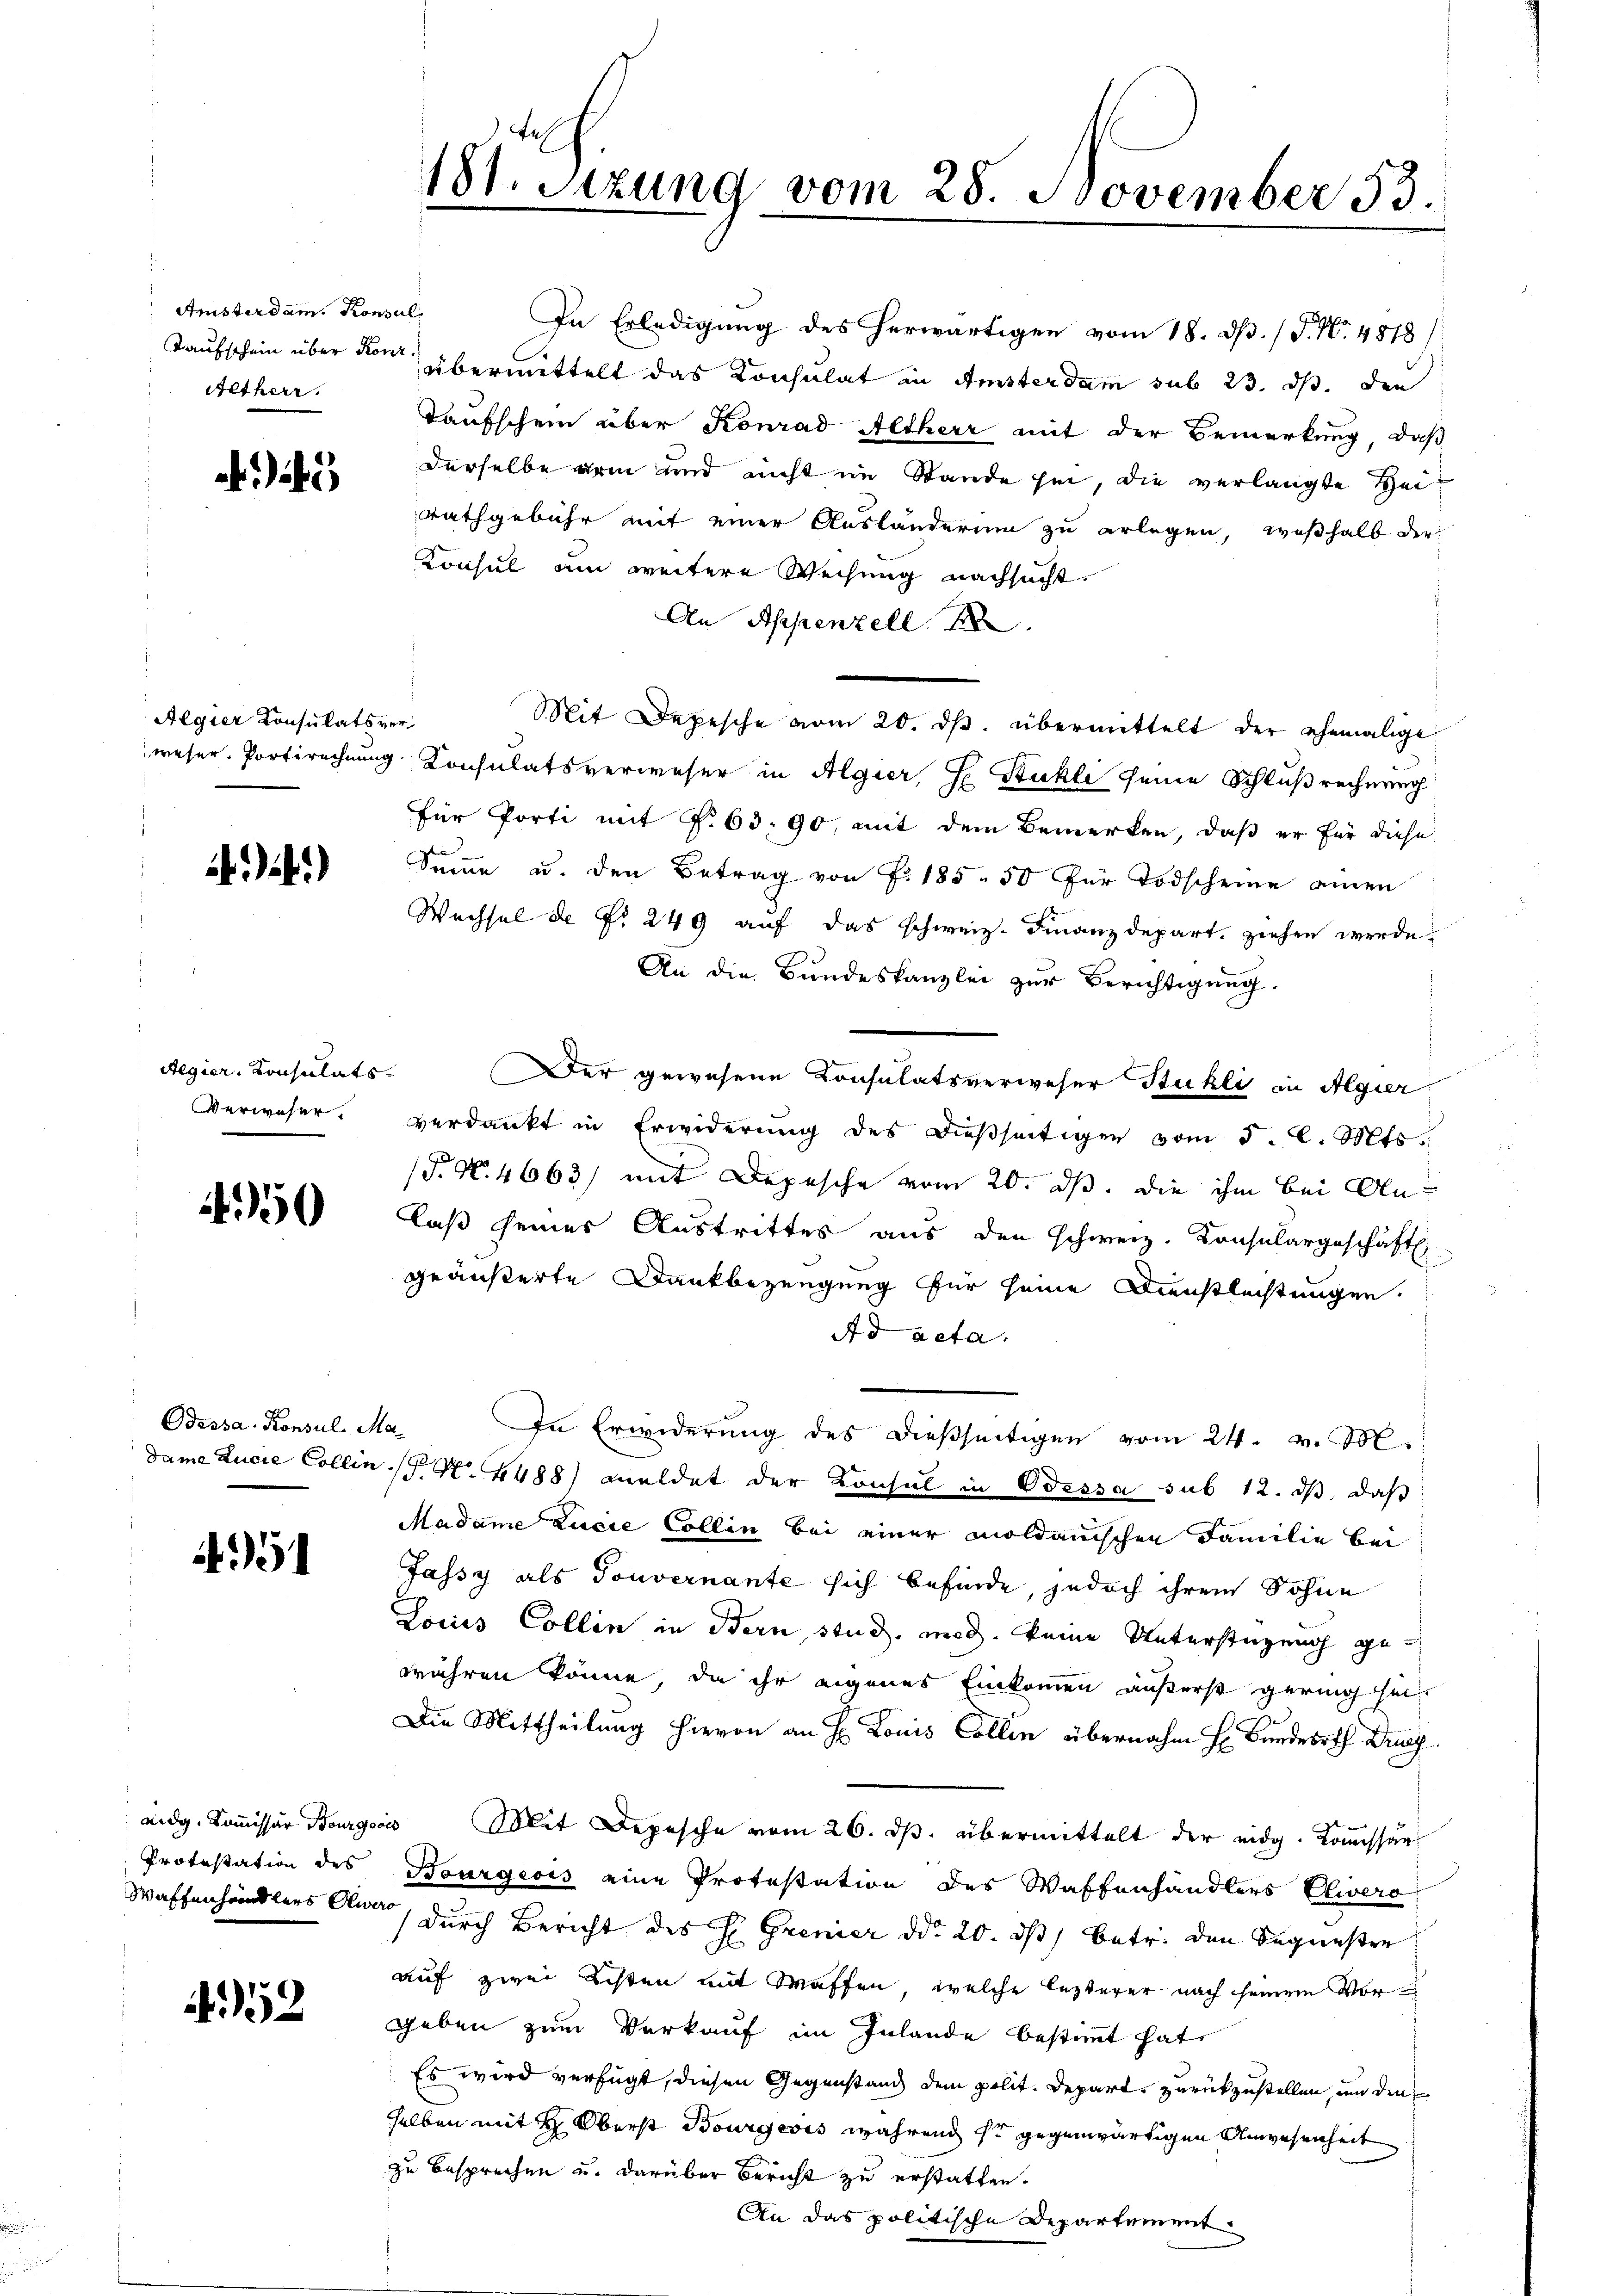
Anisterdam. Konsul
Altherr

Algier Konsulatsver¬

i.)

Aegier, Konsulats¬
Verweser.

450

Odessa. Konsul Ma¬

451

Protestation des
Waffenhändlers Gewe

452

181. Sitzung vom 28. November 33.

In Erledigung des herwärtigen vom 18. d. J. N. 4818/
Taufschein über die übermittelt das Konsulat in Amsterdam sub 23. ds. den
Taufschein über Konrad Altherr mit der Bemerkung, daß
derselbe arm und nicht im Stande hin, die verlangte Heirathgebühr mit einer Ausländerum zu erlegen, weßhalb der
Konsul um weitere Weisung nachsucht.
An Appenzell
Mit Depesche vom 20. ds. übermittelt der ehemalige
weser Portirechnung Consulatsverweser in Algier, Ge Stuhle seine Schlußrechnung
für Porti mit §. 63. 90, mit dem Bemerken, daß er für diese
Samme u. den Betrag von Fr. 185. 50 für Todscheine einen
Wechsel de Nr. 249 auf das schweiz. Finanzdepart, ziehen werde.
An die Bundeskanzlei zur Berichtigung.
Der gewesene Consulatsverweser Stuhli in Algier
verdankt in Erwiderŭng des dießseitigen vom 5. l. Mts.
(§. N. 4663) mit Depesche vom 20. ds. die ihm bei Anlaß seines Austrittes aus den schweiz. Konsulargeschäft
geäußerte Dankbezeugung für seine Dienstleistungen
Ad acta.
In Erwiderung des dießseitigen vom 24. v. M.
dame Lucie Collin  P. N. 4488) meldet der Konsul in Odessa sub 12. ds, daß
Madame Zueie Collen bei einer Moldanischen Familie bei
Jassy als Touvernante sich befinde, jedoch ihrem Sohne
Lociis Collen in Bern, stud. med. keine Unterstüzung gewähren könne, da ihr eigenes Einkommen äußerst gering sein
Die Mittheilung hievon an H. Louis Collen übernahm Hr. Bundesrath Druc
aidg. Kommissär Bourgeois Mit Depesche vom 26. ds. übermittelt der eidg. Kommissär
Bourgeois eine Protestation des Waffenhändlers Clivero
 durch Bericht des H. Grenier ddo 20. ds. betr. den Sequester
auf zwei Echten mit Waffen, welche lezterer nach seinem Vor
geben zum Verkauf im Inlande bestimmt hat,
Es wird verfügt, diesen Gegenstand dem polit. Depart zurückzustellen, und den
selben mit H. Oberst Bourgeois während so gegenwärtigen Anwesenheit
zu Besprechen u. darüber Bericht zu erstatten.
An das politische Departement.